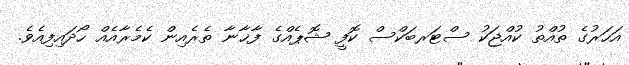
އަހަރުގެ ތުއްތު ކުއްޖަކު ސްޓަރބަކްސް ކޮފީ ޝޮޕެއްގެ ފާޚާނާ ތެރެއިން ކެމެރާއެއް ހޯދައިފިއެވެ.